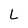
Character: L